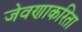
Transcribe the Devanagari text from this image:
जेवणाकरिता